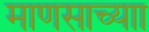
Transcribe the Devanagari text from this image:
माणसाच्याा